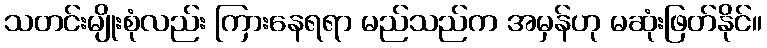
သတင်းမျိုးစုံလည်း ကြားနေရရာ မည်သည်က အမှန်ဟု မဆုံးဖြတ်နိုင်။